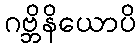
ဂဗ္ဘိနိယောပိ